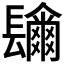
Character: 𨲼